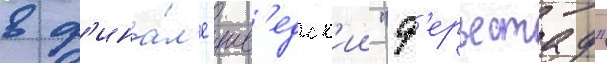
в ф'ина́л'е шв'едск'ии "ф'ерьестад"